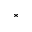
^ *